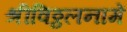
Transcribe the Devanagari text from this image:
श्रीविठ्ठलनामें